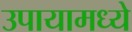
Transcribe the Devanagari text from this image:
उपायामध्ये